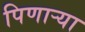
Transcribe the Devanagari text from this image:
पिणार्‍या